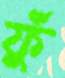
ফুঁ